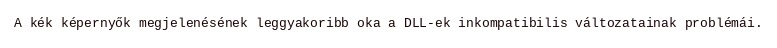
A kék képernyők megjelenésének leggyakoribb oka a DLL-ek inkompatibilis változatainak problémái.